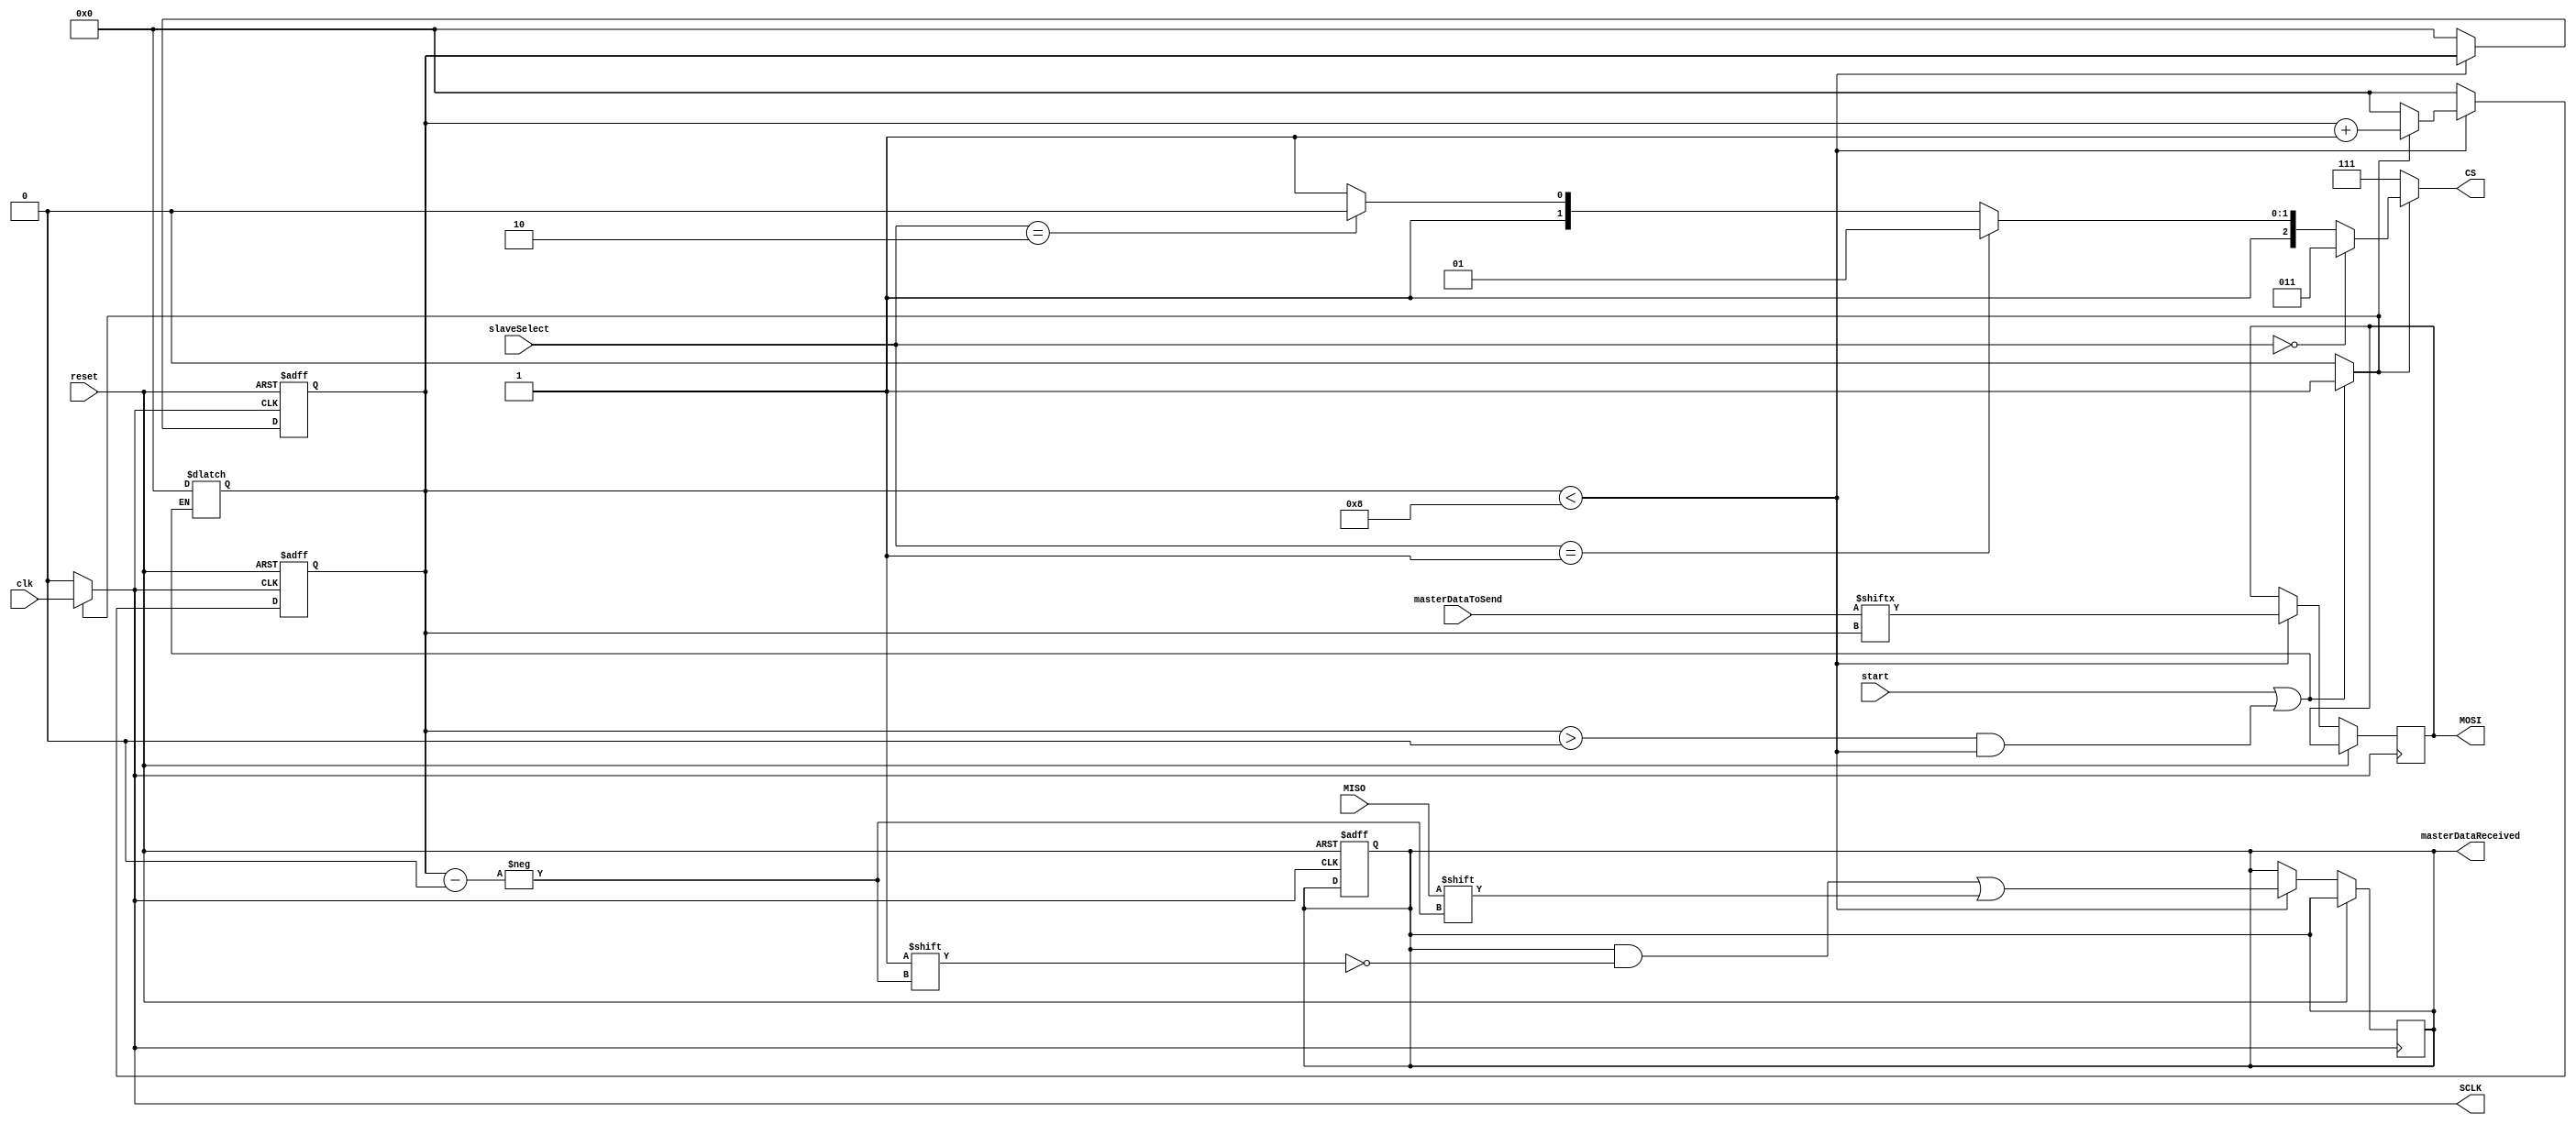
module Master(
	clk, reset,
	start, slaveSelect, masterDataToSend, masterDataReceived,
	SCLK, CS, MOSI, MISO
);

//    Inputs  & outputs

input clk,reset,start,MISO;
input [1:0] slaveSelect;
input [7:0] masterDataToSend;


output SCLK,MOSI;
output [0:2] CS;
output [7:0] masterDataReceived;

//     Reg  & wire

reg [3:0] Counter;
reg MOSI;
reg [7:0] masterDataReceived;
reg Start_Signal;
//reg SCLK;

wire SCLK;
wire [3:0] Counter_next;
wire MISO;
wire [0:2] CS;

// using Counter to determine the bit which will be transmitted and Stop Transmission after ALL Data be sent
always @(*)
begin
	if (start == 1 || (Counter > 0&& Counter < 8))
	//if((start == 1 && Counter ==0) || Counter < 8 )
	begin
		Start_Signal <= 1;
	end
	else
	begin
		Start_Signal <= 0;
		Counter =0;
	end
end

// Generate SCLK from CLk

assign SCLK = (Start_Signal)? clk : 0;

// Determine CS to send from SelectSlave
assign CS = (Start_Signal == 0)? 3'b111:
	    (slaveSelect == 0)? 3'b011:
	    (slaveSelect == 1)? 3'b101:
	    (slaveSelect == 2)? 3'b110:3'b111;

always @(posedge SCLK,posedge reset)
	begin
		if(reset)
			begin 
				Counter <= 0;
				masterDataReceived = 0;
				
			end
		else
			begin
				if(Counter<8)
				begin
					MOSI <= masterDataToSend[Counter];
					//Counter <= Counter_next;
				end
				else
				begin
					Counter = 0;
				end
			end
	end	

always @(negedge SCLK,posedge reset)
	begin
		if(reset)
			begin
				Counter <= 0;
			end
		else
			begin
				if(Counter<8)
				begin
					masterDataReceived [Counter] <= MISO;
					Counter <= Counter_next;
				end
				else
				begin
					Counter = 0;
				end
			end
	end	



assign Counter_next = (Start_Signal)? Counter+1:3'b0; 


endmodule